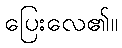
ပြေးလေ၏။